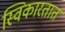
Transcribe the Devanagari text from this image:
स्विकारतात